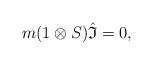
\begin{gather*}m(1\otimes{S}){\hat{\mathfrak{I}}}=0,\end{gather*}